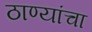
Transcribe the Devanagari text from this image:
ठाण्यांचा